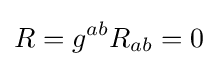
R=g^{ab}R_{ab}=0